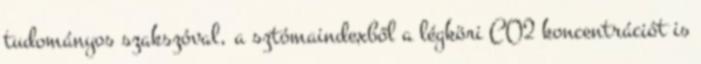
tudományos szakszóval, a sztómaindexből a légköri CO2 koncentrációt is